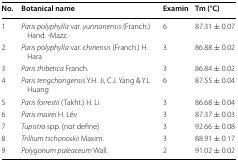
| No. | Botanical name | Examin | Tm (°C) |
 | --- | --- | --- | --- |
 | 1 | Paris polyphylla var. yunnanensis (Franch.) Hand. -Mazz. | 6 | 87.31 ± 0.07 |
 | 2 | Paris polyphylla var. chinensis (Franch.) H. Hara | 3 | 86.88 ± 0.02 |
 | 3 | Paris thibetica Franch. | 3 | 86.84 ± 0.02 |
 | 4 | Paris tengchongensis Y.H. Ji, C.J. Yang & Y.L. Huang | 6 | 87.55 ± 0.04 |
 | 5 | Paris forrestii (Takht.) H. Li | 3 | 86.68 ± 0.04 |
 | 6 | Paris mairei H. Lév | 3 | 87.37 ± 0.03 |
 | 7 | Tupistra spp. (not define) | 3 | 92.66 ± 0.08 |
 | 8 | Trillium tschonoskii Maxim. | 3 | 88.91 ± 0.17 |
 | 9 | Polygonum paleaceum Wall. | 2 | 91.02 ± 0.02 |